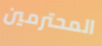
المحترمين